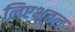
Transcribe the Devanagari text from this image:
लिएभूतल